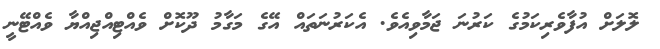
ލޮލަށް އުފާވެރިކަމުގެ ކަރުނަ ޖަމާވިއެވެ. އެކަރުނަތައް އޭގެ މަގާމު ދޫކޮށް ވެއްޓިއްޖިއްޔާ ވެއްޓޭނީ